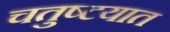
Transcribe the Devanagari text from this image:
चतुष्टयात